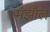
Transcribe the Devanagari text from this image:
मंझौल